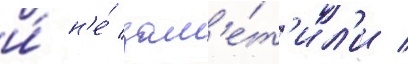
и́ н'е́ зам'е́т'ил'и /